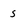
Character: s